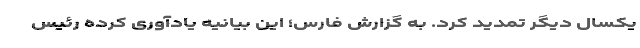
یکسال دیگر تمدید کرد. به گزارش فارس؛ این بیانیه یادآوری کرده رئیس